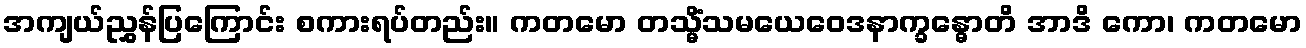
အကျယ်ညွှန်ပြကြောင်း စကားရပ်တည်း။ ကတမော တသ္မိံသမယေဝေဒနာက္ခန္ဓောတိ အာဒိ ကော၊ ကတမော